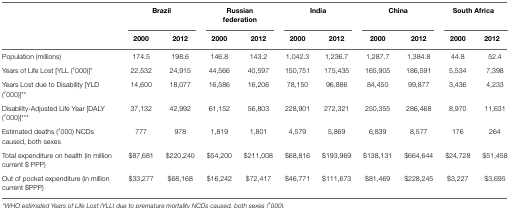
<table><thead><tr><td></td><td colspan="2"><b>Brazil</b></td><td colspan="2"><b>Russian federation</b></td><td colspan="2"><b>India</b></td><td colspan="2"><b>China</b></td><td colspan="2"><b>South Africa</b></td></tr><tr><td></td><td><b>2000</b></td><td><b>2012</b></td><td><b>2000</b></td><td><b>2012</b></td><td><b>2000</b></td><td><b>2012</b></td><td><b>2000</b></td><td><b>2012</b></td><td><b>2000</b></td><td><b>2012</b></td></tr></thead><tbody><tr><td>Population (millions)</td><td>174.5</td><td>198.6</td><td>146.8</td><td>143.2</td><td>1,042.3</td><td>1,236.7</td><td>1,287.7</td><td>1,384.8</td><td>44.8</td><td>52.4</td></tr><tr><td>Years of Life Lost [YLL (′000)]*</td><td>22,532</td><td>24,915</td><td>44,566</td><td>40,597</td><td>150,751</td><td>175,435</td><td>165,905</td><td>186,591</td><td>5,534</td><td>7,398</td></tr><tr><td>Years Lost due to Disability [YLD (′000)]**</td><td>14,600</td><td>18,077</td><td>16,586</td><td>16,206</td><td>78,150</td><td>96,886</td><td>84,450</td><td>99,877</td><td>3,436</td><td>4,233</td></tr><tr><td>Disability-Adjusted Life Year [DALY (′000)]***</td><td>37,132</td><td>42,992</td><td>61,152</td><td>56,803</td><td>228,901</td><td>272,321</td><td>250,355</td><td>286,468</td><td>8,970</td><td>11,631</td></tr><tr><td>Estimated deaths (′000) NCDs caused, both sexes</td><td>777</td><td>978</td><td>1,819</td><td>1,801</td><td>4,579</td><td>5,869</td><td>6,839</td><td>8,577</td><td>176</td><td>264</td></tr><tr><td>Total expenditure on health (in million current $ PPP)</td><td>$87,681</td><td>$220,240</td><td>$54,200</td><td>$211,008</td><td>$68,816</td><td>$193,969</td><td>$138,131</td><td>$664,644</td><td>$24,728</td><td>$51,458</td></tr><tr><td>Out of pocket expenditure (in million current $PPP)</td><td>$33,277</td><td>$68,168</td><td>$16,242</td><td>$72,417</td><td>$46,771</td><td>$111,673</td><td>$81,469</td><td>$228,245</td><td>$3,227</td><td>$3,695</td></tr></tbody></table>